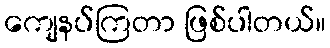
ကျေနပ်ကြတာ ဖြစ်ပါတယ်။